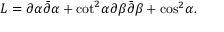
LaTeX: { \cal L } = \partial \alpha \bar { \partial } \alpha + { \cot } ^ { 2 } \alpha \partial \beta \bar { \partial } \beta + { \cos } ^ { 2 } \alpha .